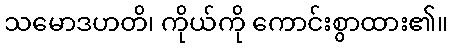
သမောဒဟတိ၊ ကိုယ်ကို ကောင်းစွာထား၏။